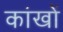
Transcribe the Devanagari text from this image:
कांखों